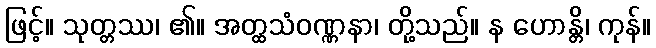
ဖြင့်။ သုတ္တဿ၊ ၏။ အတ္ထသံဝဏ္ဏနာ၊ တို့သည်။ န ဟောန္တိ၊ ကုန်။